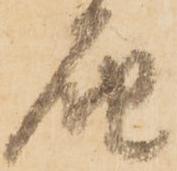
届